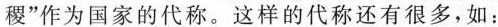
稷”作为国家的代称。这样的代称还有很多，如：